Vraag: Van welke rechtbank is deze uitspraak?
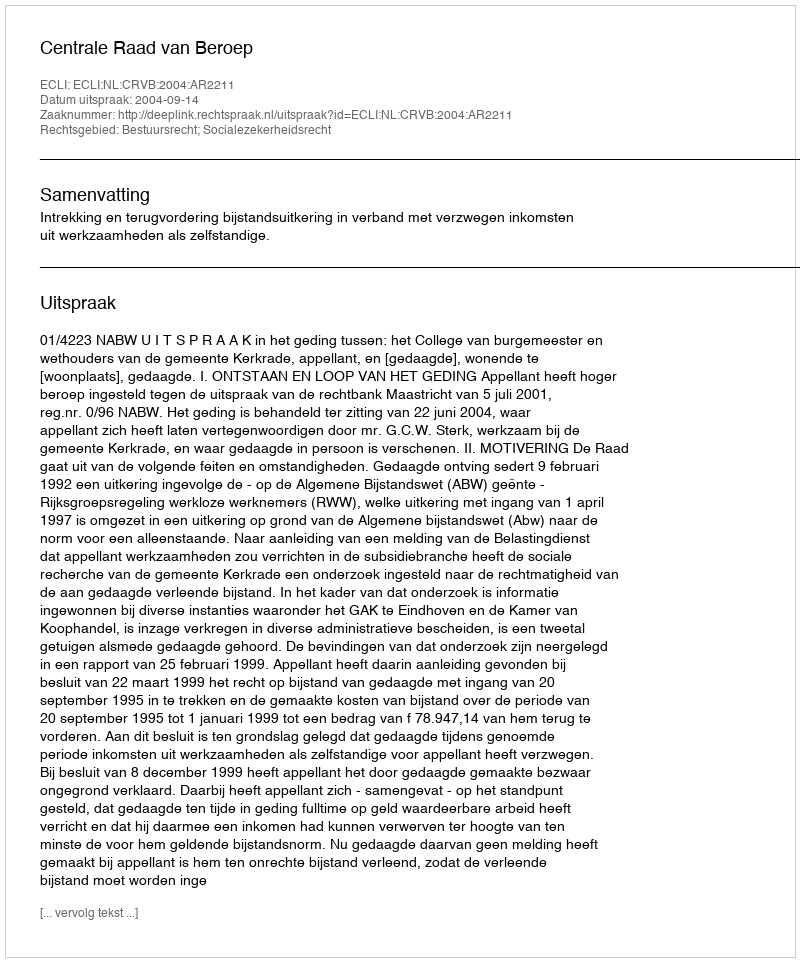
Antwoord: Centrale Raad van Beroep